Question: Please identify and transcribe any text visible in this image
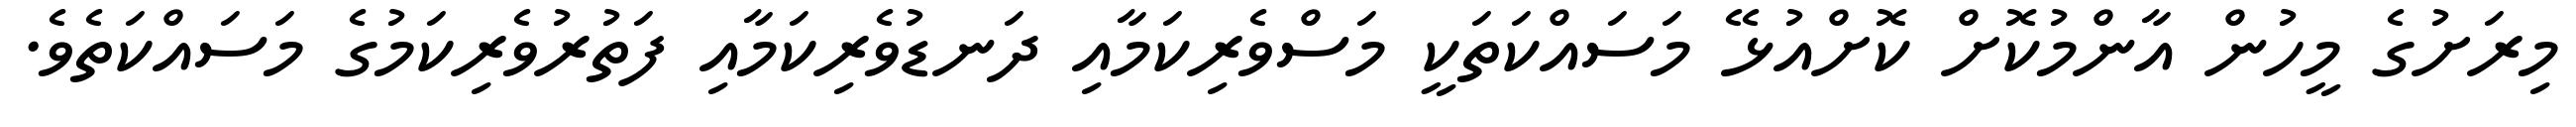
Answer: މިރަށުގެ މީހުން އާންމުކޮށް ކޮށްއުޅޭ މަސައްކަތަކީ މަސްވެރިކަމާއި ދަނޑުވެރިކަމާއި ފަތުރުވެރިކަމުގެ މަސައްކަތެވެ.